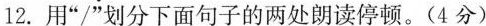
12.用”/”划分下面句子的两处朗读停顿。(4分)